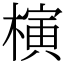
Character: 𣘹